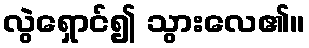
လွဲရှောင်၍ သွားလေ၏။